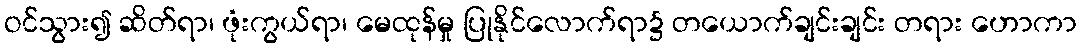
ဝင်သွား၍ ဆိတ်ရာ၊ ဖုံးကွယ်ရာ၊ မေထုန်မှု ပြုနိုင်လောက်ရာ၌ တယောက်ချင်းချင်း တရား ဟောကာ